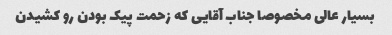
بسیار عالی مخصوصا جناب آقایی که زحمت پیک بودن رو کشیدن